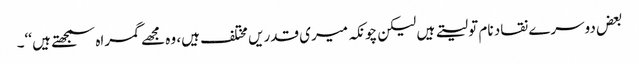
بعض دوسرے نقاد نام تو لیتے ہیں لیکن چونکہ میری قدریں مختلف ہیں، وہ مجھے گمراہ سمجھتے ہیں ‘‘۔